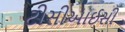
ટીસીઆઈસી